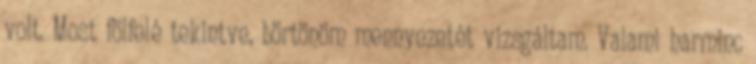
volt. Most fölfelé tekintve, börtönöm mennyezetét vizsgáltam. Valami harminc